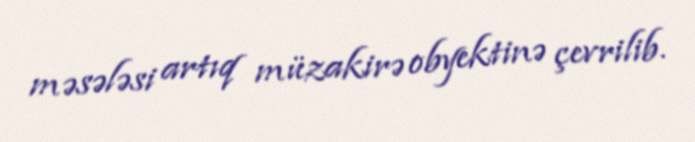
məsələsi artıq müzakirə obyektinə çevrilib.